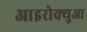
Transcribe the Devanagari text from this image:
आइरोक्युआ